Annual administration report of the Civil Veterinary Department, Ajmere-Merwara, British Rajputana - 1914-1940
Year: 1914
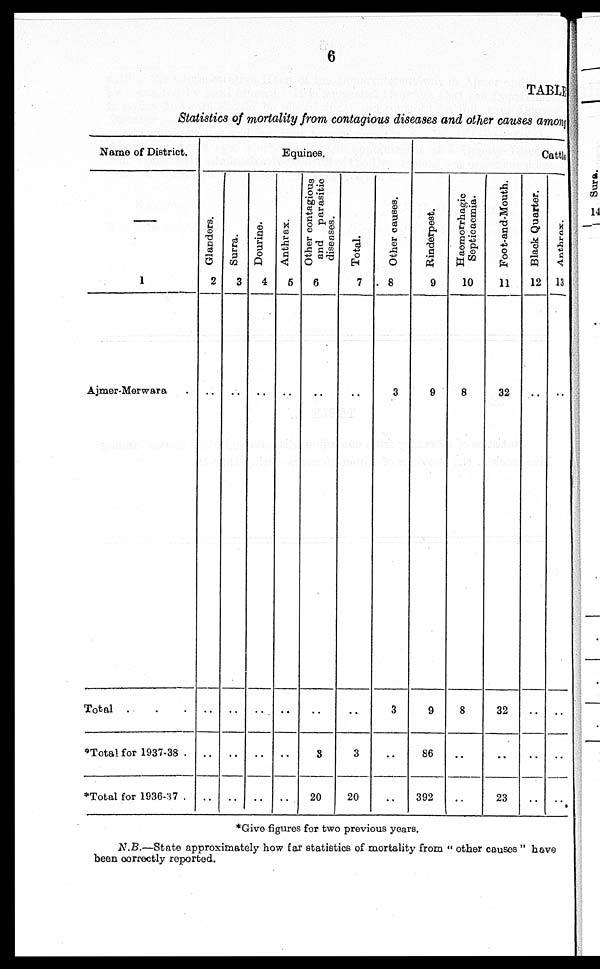
6
TABLE
Statistics of mortality from contagious diseases and other causes among
Name of District.
—
1
Ajmer-Merwara .
Total . . .
* Total for 1937-38 .
* Total for 1936-37 .
Equines.
Glanders.
2
..
..
..
..
Surra.
3
..
..
..
..
Dourine.
4
..
..
..
..
Anthrax.
5
..
..
..
..
Other contagious
and parasitic
diseases.
6
..
..
3
20
Total.
7
..
..
3
20
Other causes.
8
3
3
..
..
Cattle
Rinderpest.
9
9
9
86
392
Haemorrhagic
Septicaemia.
10
8
8
..
..
Foot-and-Mouth.
11
32
32
..
23
Black Quarter.
12
..
..
..
..
Anthrax.
13
..
..
..
..
*Give figures for two previous years.
N.B.—State approximately how far statistics of mortality from "other causes" have
been correctly reported.